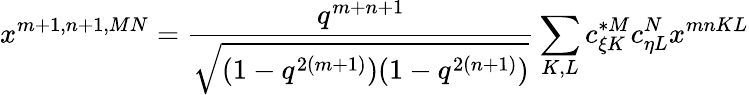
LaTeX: x^{m+1,n+1,MN}=\frac{q^{m+n+1}}{\sqrt{(1-q^{2(m+1)})(1-q^{2(n+1)})}}\sum_{K,L}c_{\xi K}^{*M}c_{\eta L}^{N}x^{mnKL}